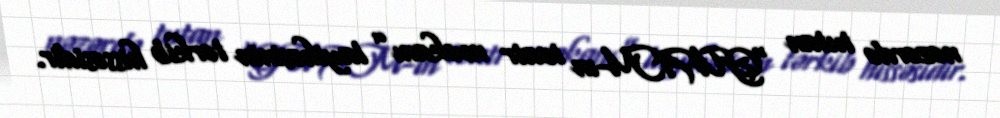
nəzərdə tutan “GUAM-ın teatr məkanı” layihəsinin tərkib hissəsidir.